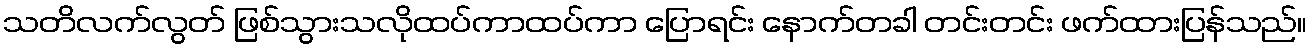
သတိလက်လွတ် ဖြစ်သွားသလိုထပ်ကာထပ်ကာ ပြောရင်း နောက်တခါ တင်းတင်း ဖက်ထားပြန်သည်။